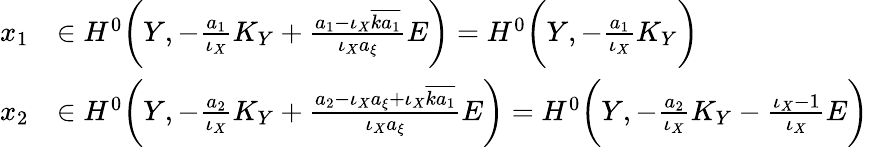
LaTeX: \begin{array}{rl}{x_{1}}&{\in H^{0}\bigg(Y,-\frac{a_{1}}{\iota_{X}}K_{Y}+\frac{a_{1}-\iota_{X}\overline{{ka_{1}}}}{\iota_{X}a_{\xi}}E\bigg)=H^{0}\bigg(Y,-\frac{a_{1}}{\iota_{X}}K_{Y}\bigg)}\\ {x_{2}}&{\in H^{0}\bigg(Y,-\frac{a_{2}}{\iota_{X}}K_{Y}+\frac{a_{2}-\iota_{X}a_{\xi}+\iota_{X}\overline{{ka_{1}}}}{\iota_{X}a_{\xi}}E\bigg)=H^{0}\bigg(Y,-\frac{a_{2}}{\iota_{X}}K_{Y}-\frac{\iota_{X}-1}{\iota_{X}}E\bigg)}\end{array}